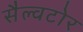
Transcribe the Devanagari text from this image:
सैल्वटोर